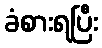
ခံစားရပြီး